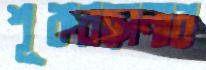
শূকরছানার